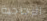
الزجاجية